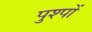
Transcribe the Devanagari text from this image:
पुश्पों